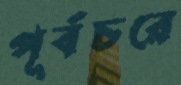
পূর্বচরে